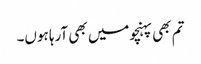
تم بھی پہنچومیں بھی آرہا ہوں۔